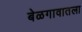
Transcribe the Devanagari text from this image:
बेळगावातला